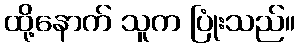
ထို့နောက် သူက ပြုံးသည်။